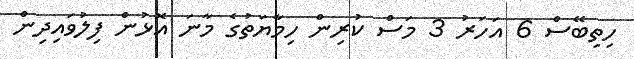
ހިތިބޭސް 6 އަހަރު 3 މަސް ކުރިން ހިމާޔަތުގެ މާނަ އޮޅުން ފިލުވައިދިން